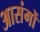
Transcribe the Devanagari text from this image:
आसंगों